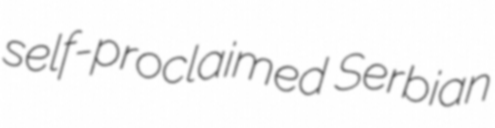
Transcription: self-proclaimed Serbian